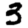
Digit: 3